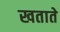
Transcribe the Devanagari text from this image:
खताते